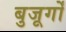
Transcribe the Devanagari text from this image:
बुजूर्गों